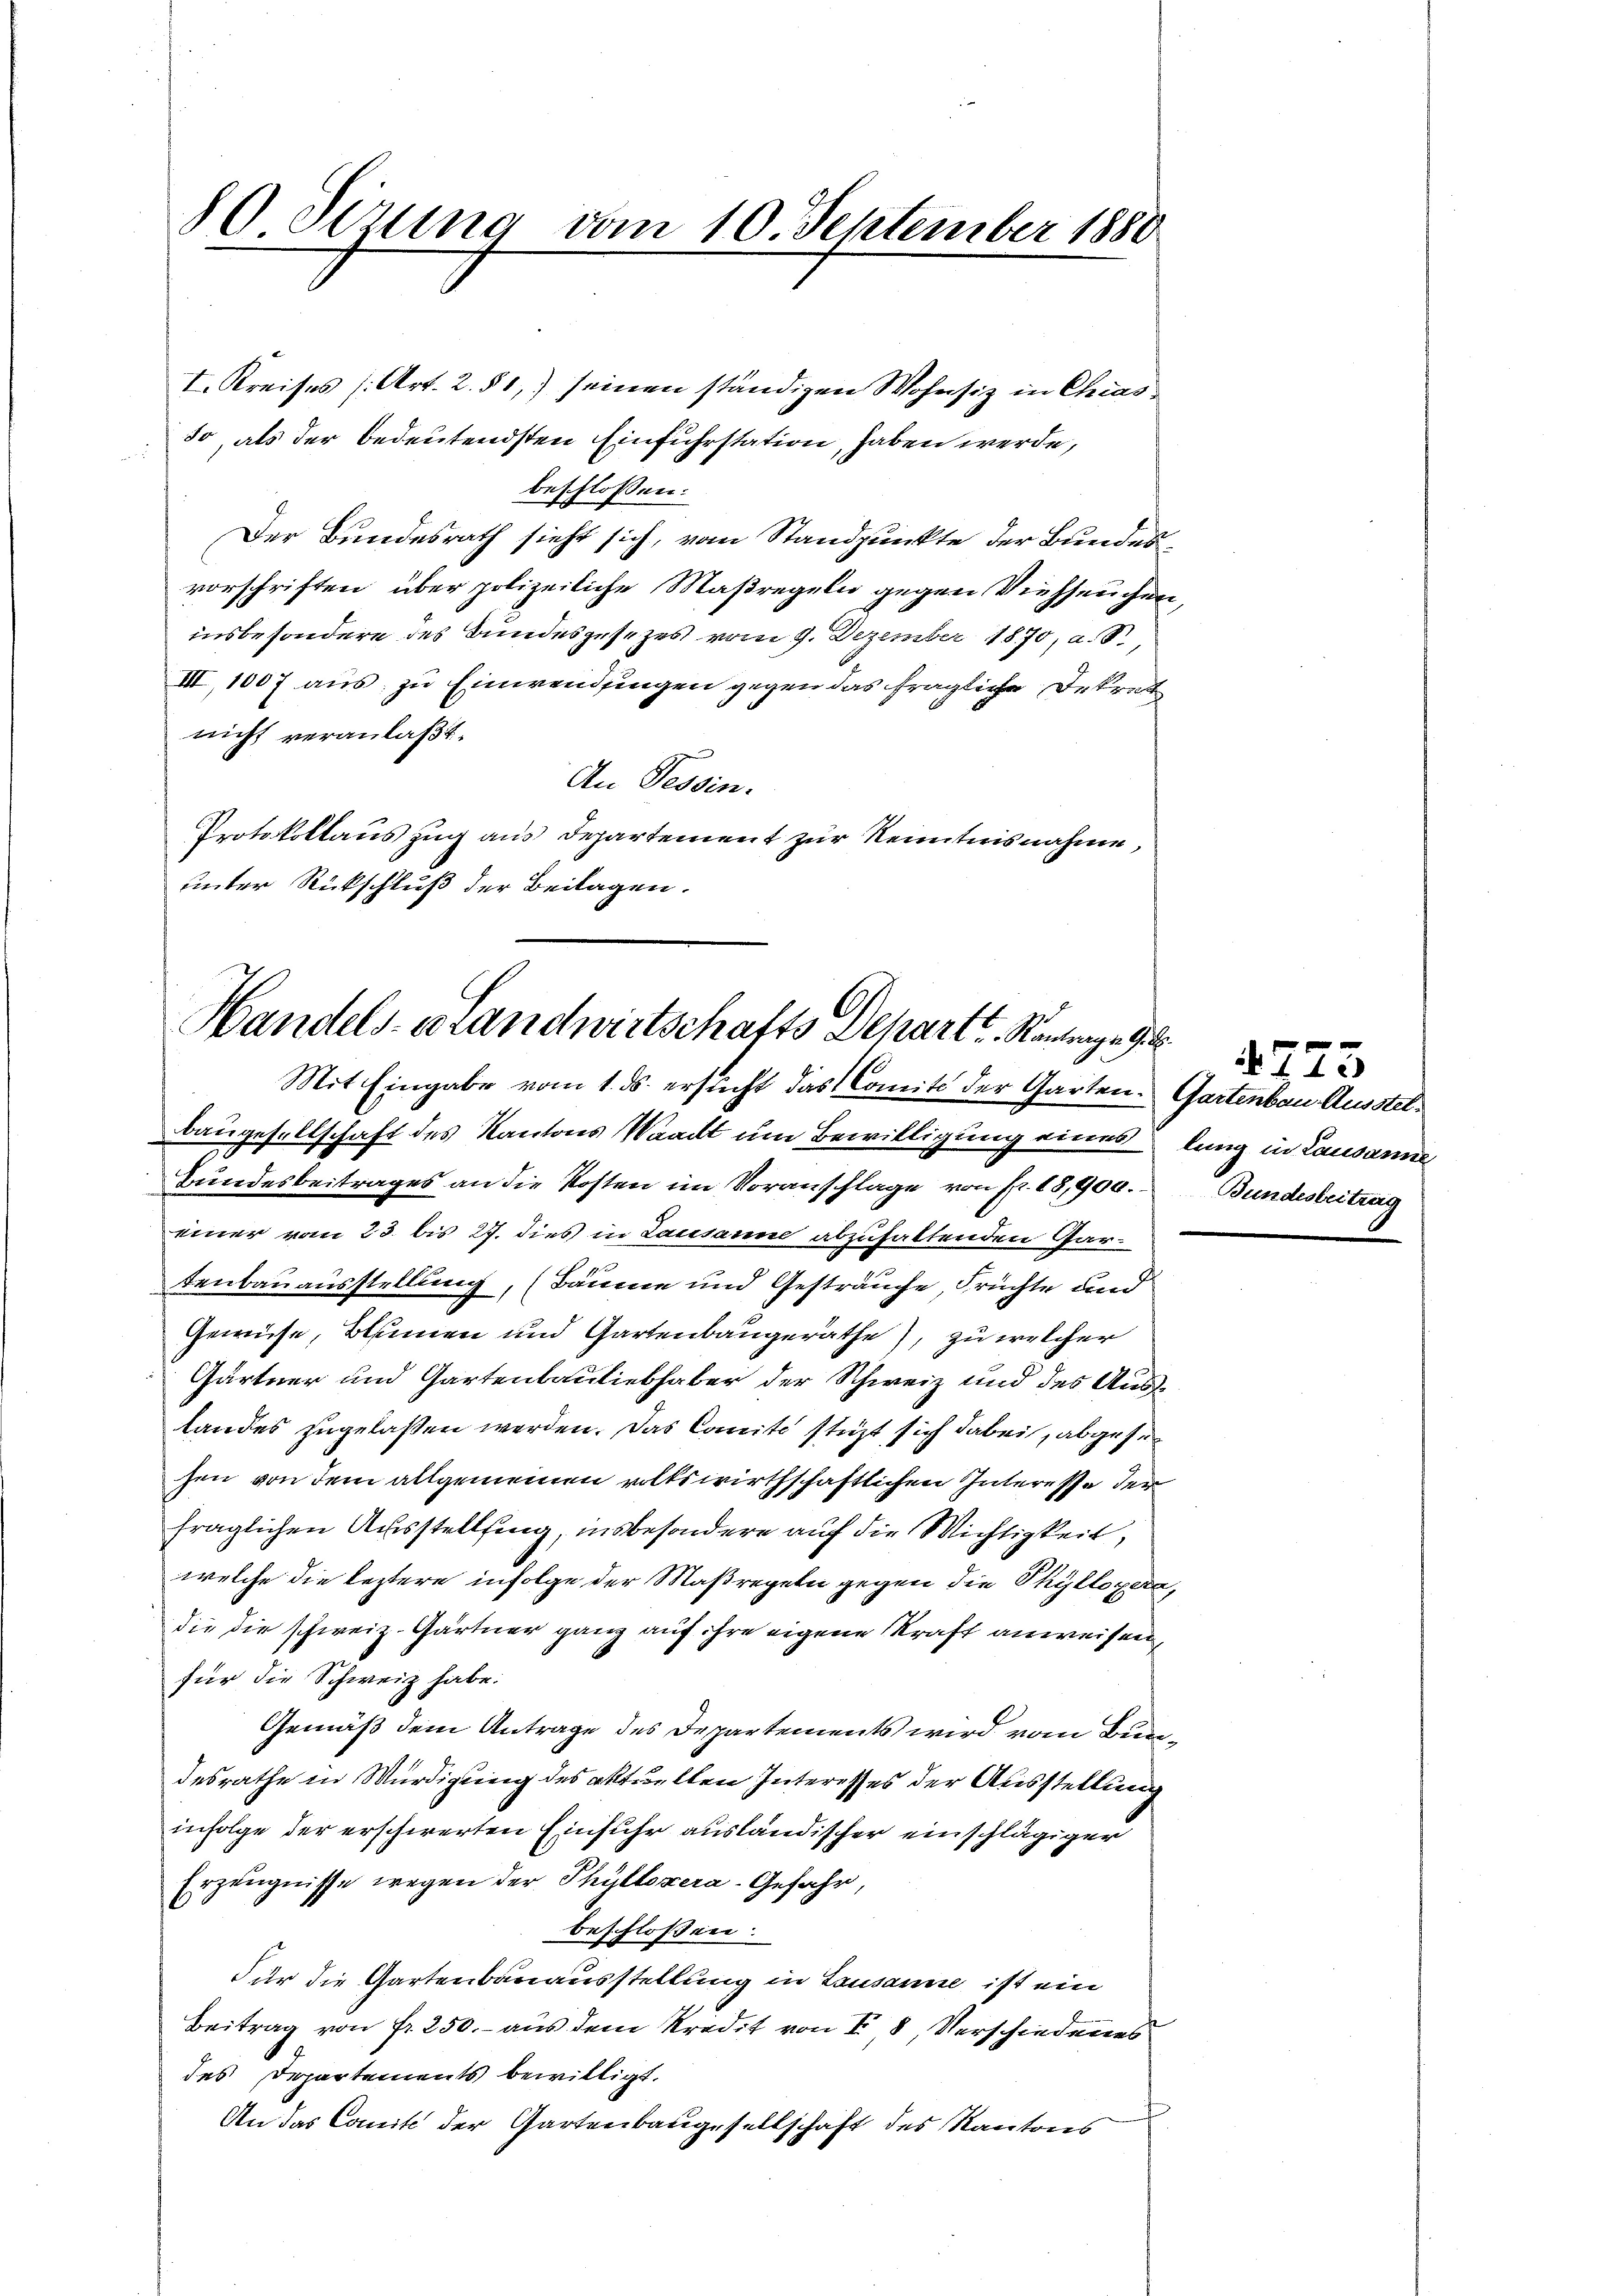
86 Sizung vom 10. September 1880

I. Kreises (Art. 2. 51,) seinen ständigen Wohnsiz in Chiasso, als der bedeutendsten Einfuhrstation, haben werde,
beschlossen:
Der Bundesrath sieht sich, vom Standpunkte der Bundesvorschriften über polizeiliche Maßregeln gegen Viehseuchen,
insbesondere des Bundesgesetzes vom 9. Dezember 1870, a. S.,
III, 1007 aus zu Einwendungen gegen das fragliche Dekret
nicht veranlaßt.
An Tessin.
Protokollauszug aus Departement zur Kenntnisnahme,
unter Rückschluß der Beilagen.

Handels- u Landwirtschafts Depart u. Rantrage
Mit Eingabe vom 1. ds. ersucht das Comite der Garten. Gartenbau Ausstel¬

Baugesellschaft des Kantons Waadt um Bewilligung eines lang in Lausanne
Bundesbeitrages an die Kosten im Voranschlage von fr. 18,900.
einer vom 23. bis 27. dies in Lausanne abzuhaltenden Gartenbauausstellung, (Bäume und Gesträuche, Früchte und
Gewise, Blumen und Gartenbaugeräthe, zu welcher
Gärtner und Gartenbauliebhaber der Schweiz und des Auslandes zugelassen werden. Das Comité stüzt sich dabei, abgesehen von dem allgemeinen volkswirthschaftlichen Interesse der
fraglichen Ausstellung, insbesondere auf die Wichtigkeit,
welche die leztere infolge der Maßregeln gegen die Phyllopera
die die schweiz. Gärtner ganz auf ihre eigene Kraft anweisen,
für die Schweiz habe.
Gemäß dem Antrage des Departements wird vom Bundesrathe in Würdigung des aktuellen Interesses der Ausstellung
infolge der erschwerten Einfuhr ausländischer einschlägiger
Erzeugnisse wegen der Phyllozera-Gefahr,
beschlossen.
Für die Gartenbauausstellung in Lausanne ist ein
Beitrag von fr. 250.- aus dem Kredit von § 8, Verschiedenes
des Departements bewilligt.
An das Comite der Gartenbaugesellschaft des Kantons

Bundesbeitrag

4773